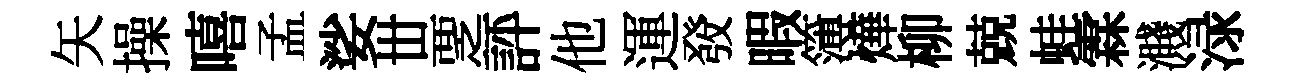
矢操嘻孟娑丗覂評他運𤼲暇簿燁柳兢蛙霖濺渌